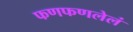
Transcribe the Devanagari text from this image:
फणफणलेलं